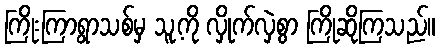
ကြိုးကြာရွာသစ်မှ သူ့ကို လှိုက်လှဲစွာ ကြိုဆိုကြသည်။